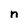
Character: n